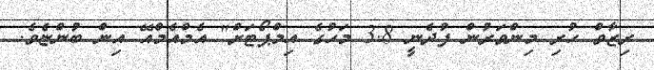
ރިޒާވް ހުރި މިންވަރުން ފުދެނީ 3.8 މަހުގެ އިމްޕޯޓަށް" އެމްއެމްއޭ އިން ބުންޏެވެ.